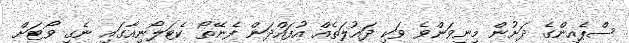
ސްޕެއިންގެ ދަށުން މިނިވަންވެ ވަކި ދައުލަތެއް އުފައްދަން ފެނޭތޯ ކެޓަލޯނިއާގައި ނެގި ވޯޓަށް